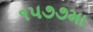
૧૫૭૭મા